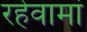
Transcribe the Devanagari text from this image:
रहेवामां